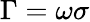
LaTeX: \Gamma=\omega\sigma